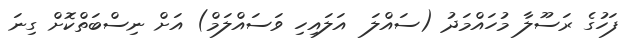
ފަހުގެ ރަސޫލާ މުހައްމަދު (ސައްލަ  އަލައިހި ވަސައްލަމް) އަށް ނިސްބަތްކޮށް ގިނަ